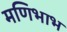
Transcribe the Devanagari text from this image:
मणिभाभ